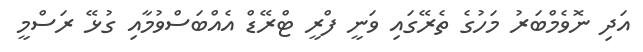
އަދި ނޮވެމްބަރު މަހުގެ ތެރޭގައި ވަނީ ފްރީ ޓްރޭޑް އެއްބަސްވުމާއި ގުޅޭ ރަސްމީ